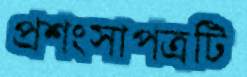
প্রশংসাপত্রটি